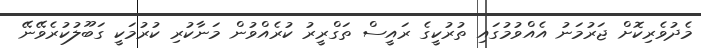
މެދުވެރިކޮށް ޖަރުމަނު އެއްވުމުގައި ތުރުކީގެ ރައީސް ތަގްރީރު ކުރެއްވުން މަނާކުރި ކުރުމަކީ ގަބޫލުކުރެވޭނޭ